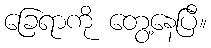
ခြေရာကို တွေ့နေပြီ။